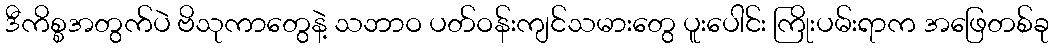
ဒီကိစ္စအတွက်ပဲ ဗိသုကာတွေနဲ့ သဘာဝ ပတ်ဝန်းကျင်သမားတွေ ပူးပေါင်း ကြိုးပမ်းရာက အဖြေတစ်ခု